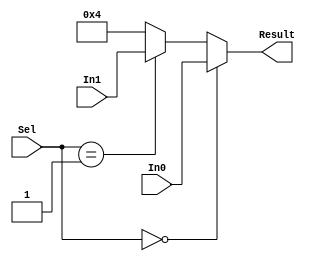
module mux3puls4 (input  [31:0] In0, In1,input  [1:0] Sel,output [31:0] Result);
     assign Result = (Sel==2'b00)?In0:(Sel==2'b01)?In1:32'd4;
endmodule